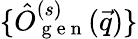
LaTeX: \{ {\hat{O}}_{\mathrm{~g~e~n~}}^{(s)}(\vec{q})\}